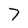
Character: 7